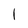
Character: l